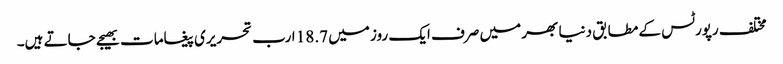
مختلف رپورٹس کے مطابق دنیا بھر میں صرف ایک روز میں 18.7 ارب تحریری پیغامات بھیجے جاتے ہیں۔